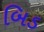
બિડ